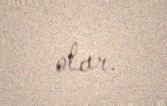
olar.